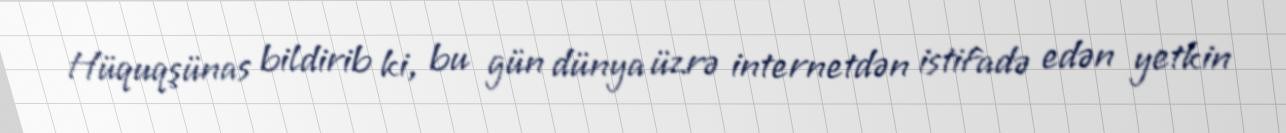
Hüquqşünas bildirib ki, bu gün dünya üzrə internetdən istifadə edən yetkin